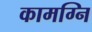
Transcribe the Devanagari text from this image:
कामग्नि